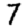
Digit: 7